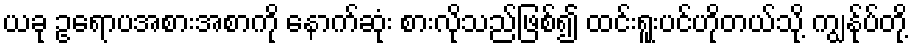
ယခု ဥရောပအစားအစာကို နောက်ဆုံး စားလိုသည်ဖြစ်၍ ထင်းရူးပင်ဟိုတယ်သို့ ကျွန်ုပ်တို့